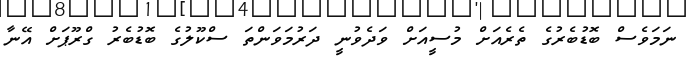
ނަމަވެސް ބޮޑުބެރުގެ ތެރެއަށް މުސީއަށް ވަދެވުނީ ދަރުމަވަންތަ ސްކޫލުގެ ބޮޑުބެރު ގްރޫޕަށް އޭނާ